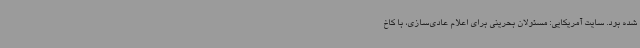
شده بود. سایت آمریکایی: مسئولان بحرینی برای اعلام عادی‌سازی، با کاخ